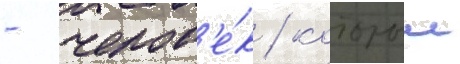
- челов'е́к / которыи